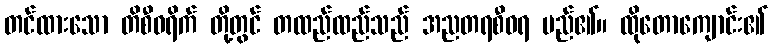
တင်ထားသော တိစီဝရိက် တို့တွင် တထည်ထည်သည် အညတရစီဝရ မည်၏။ ထိုတောကျောင်း၏